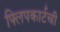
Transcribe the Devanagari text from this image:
फ्लिपकार्टची